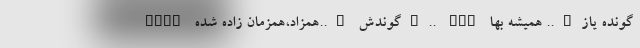
GNEY گوندش …..همزاد،همزمان زاده شده….. GND گونده یاز….. همیشه بها